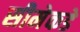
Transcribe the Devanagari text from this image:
सीमेकडे